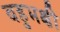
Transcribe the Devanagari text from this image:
बहुभक्षी